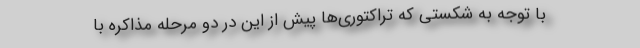
با توجه به شکستی که تراکتوری‌ها پیش از این در دو مرحله مذاکره با